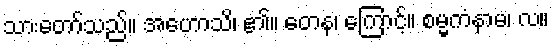
သားတော်သည်။ အဟောသိ၊ ၏။ တေန၊ ကြောင့်။ စမ္မကံနာမ၊ လ။